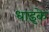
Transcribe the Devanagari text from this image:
धाइके